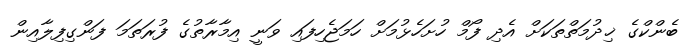
ބެންކްގެ ޚިދުމަތްތަކަށް އެދި ފޯމް ހުށަހެޅުމަށް ހަމަޖެހިފައި ވަނީ އިމާރާތުގެ ފުރަތަމަ ފަންގިފިލާއިން